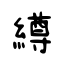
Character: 繜